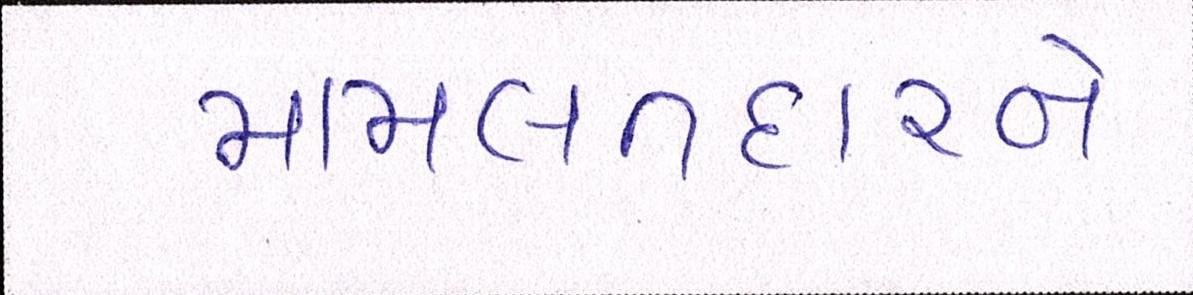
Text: મામલતદારને